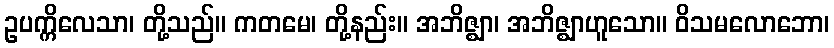
ဥပက္ကိလေသာ၊ တို့သည်။ ကတမေ၊ တို့နည်း။ အဘိဇ္ဈာ၊ အဘိဇ္ဈာဟူသော။ ဝိသမလောဘော၊